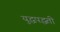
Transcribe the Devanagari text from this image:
युद्धपद्धती